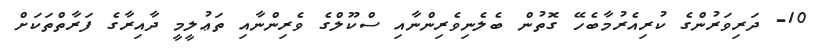
10- ދަރިވަރުންގެ ކުރިއެރުމާބެހޭ ގޮތުން ބެލެނިވެރިންނާއި ސްކޫލްގެ ވެރިންނާއި ތަޢުލީމީ ދާއިރާގެ ފަރާތްތަކަށް